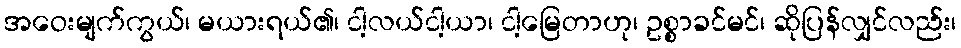
အဝေးမျက်ကွယ်၊ မယားရယ်၏၊ ငါ့လယ်ငါ့ယာ၊ ငါ့မြေတာဟု၊ ဥစ္စာခင်မင်၊ ဆိုပြန်လျှင်လည်း၊